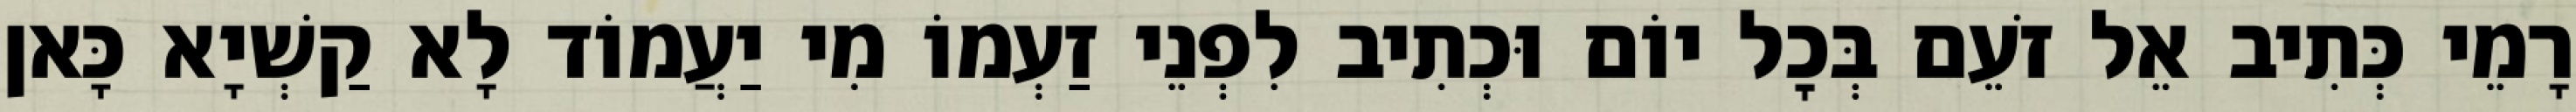
רָמֵי כְּתִיב אֵל זֹעֵם בְּכׇל יוֹם וּכְתִיב לִפְנֵי זַעְמוֹ מִי יַעֲמוֹד לָא קַשְׁיָא כָּאן